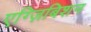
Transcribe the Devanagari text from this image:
एग्ज़िबिशन